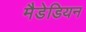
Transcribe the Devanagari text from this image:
मैडेडियन